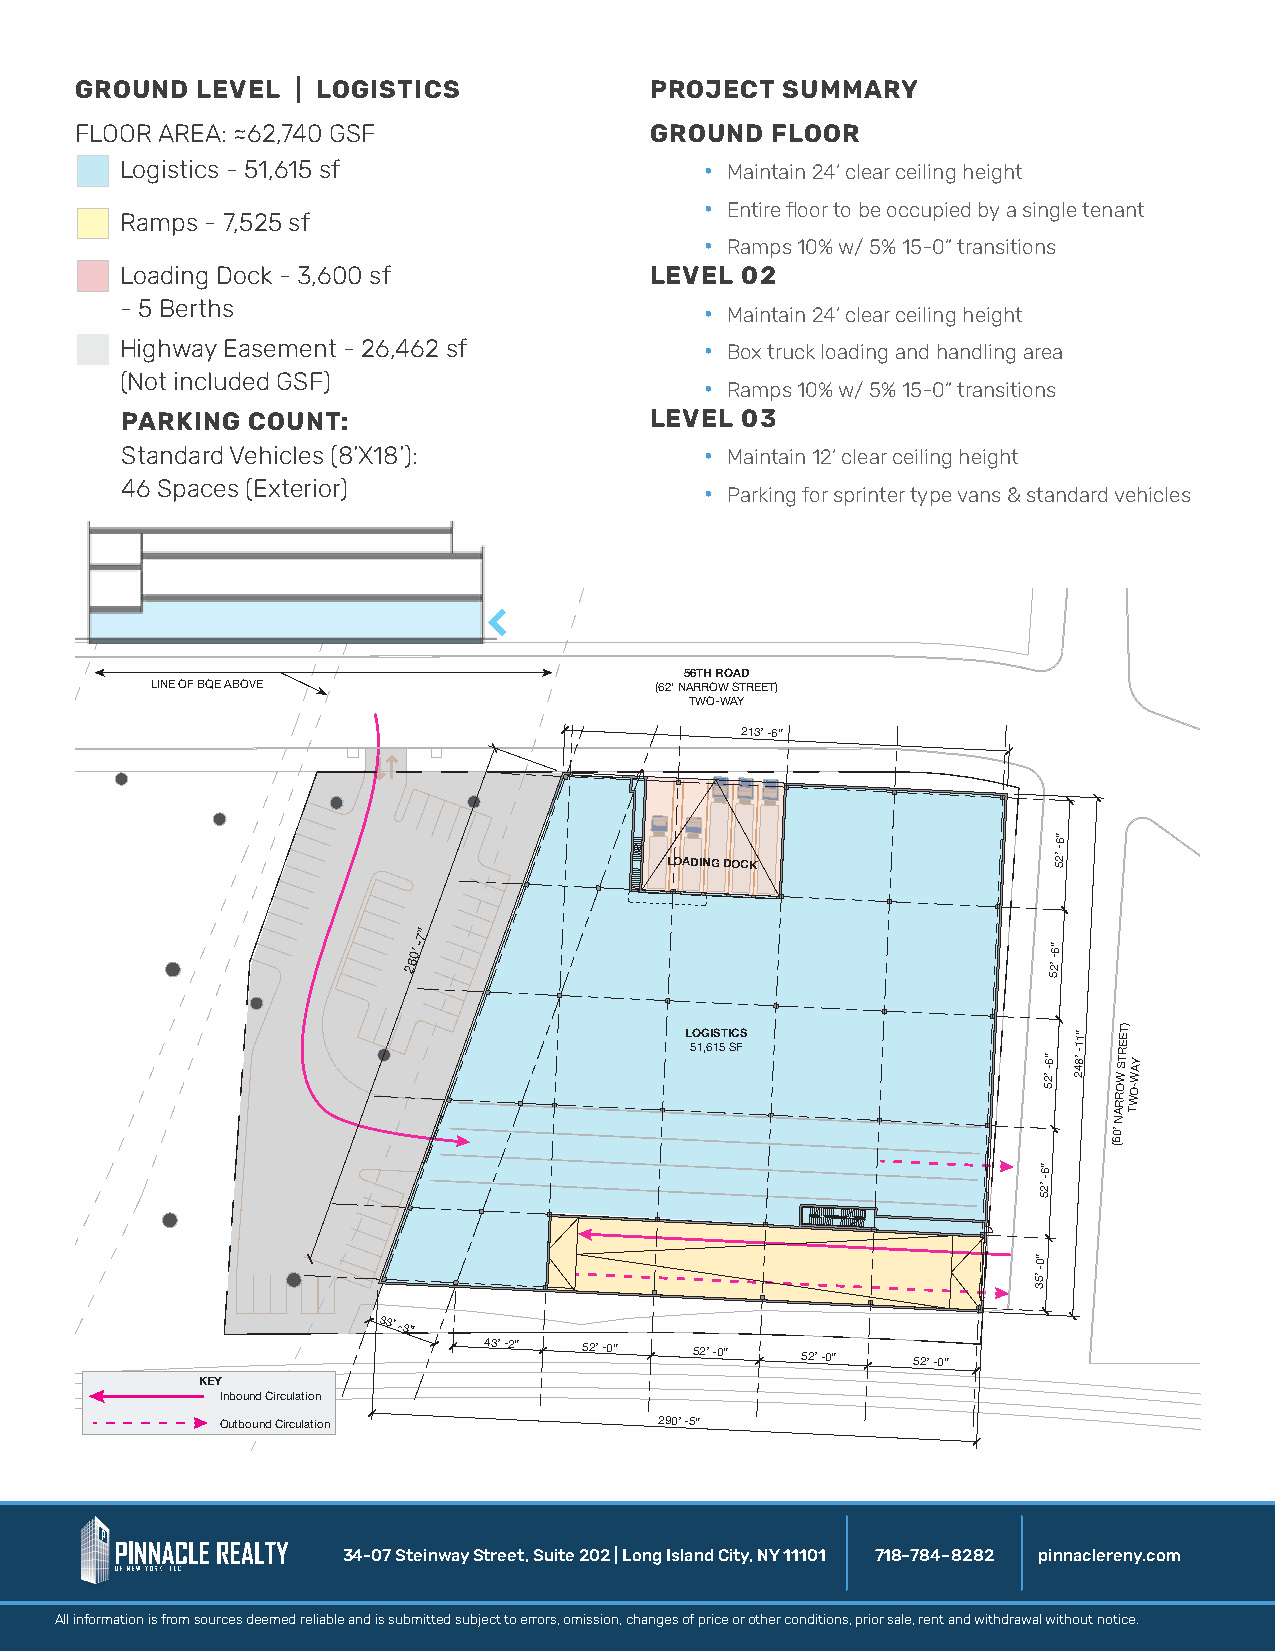
GROUND  LEVEL | LOGISTICS             PROJECT  SUMMARY
 FLOOR AREA: ≈62,740 GSF               GROUND  FLOOR
 Logistics - 51,615 sf                  · Maintain 24’ clear ceiling height
 · Entire floor to be occupied by a single tenant
 Ramps - 7,525 sf
 · Ramps 10% w/ 5% 15-0” transitions
 Loading Dock - 3,600 sf            LEVEL 02
 - 5 Berths                             · Maintain 24’ clear ceiling height
 Highway Easement - 26,462 sf           · Box truck loading and handling area
 (Not included GSF)                     · Ramps 10% w/ 5% 15-0” transitions
 PARKING COUNT:                     LEVEL 03
 Standard Vehicles (8’X18’):            · Maintain 12’ clear ceiling height
 46 Spaces (Exterior)                   · Parking for sprinter type vans & standard vehicles
 56TH ROAD
 LINE OF BQE ABOVE                (62’ NARROW STREET)
 TWO-WAY
 213’ -6”
 6”
 LOADING DOCK
 52’
 -
 7”
 260’ -
 52’
 -6”
 L 5O 1G ,6I 1S 5T I SC FS
 2’
 -6” 248’
 -11”
 W
 STREET)
 WAY
 5    RRO WO-
 AT
 N
 0’
 6
 (
 6”
 2’
 -
 5
 0”
 5’
 -
 3
 33’ -3”
 43’ -2” 52’ -0” 52’ -0” 52’ -0” 52’ -0”
 KEY
 Inbound Circulation
 Outbound Circulation         290’ -5”
 34-07 Steinway Street, Suite 202 | Long Island City, NY 11101 718–784–8282 pinnaclereny.com
 All information is from sources deemed reliable and is submitted subject to errors, omission, changes of price or other conditions, prior sale, rent and withdrawal without notice.